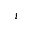
i